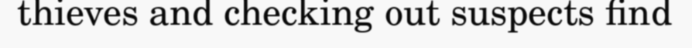
thieves and checking out suspects find